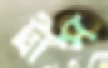
ট্রান্স